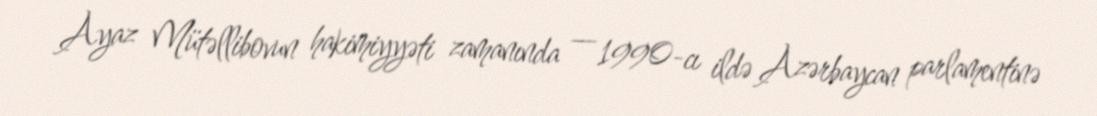
Ayaz Mütəllibovun hakimiyyəti zamanında — 1990-cı ildə Azərbaycan parlamentinə